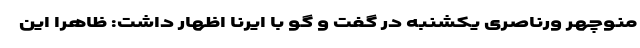
منوچهر ورناصری یکشنبه در گفت و گو با ایرنا اظهار داشت: ظاهرا این